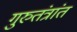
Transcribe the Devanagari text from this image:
गुरुतंत्रांत